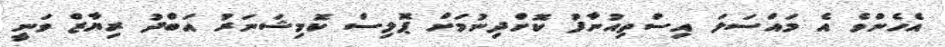
އެހެންވެ އެ މައްސަލަ އިސްތިއުނާފު ކޮށްދިނުމަށް ޕޮލިސް ކޮމިޝަނަރު އަބްދު ރިޔާޒް ވަނީ